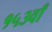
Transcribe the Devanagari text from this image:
१५३वाँ